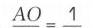
\(\frac{AO}{}=\frac{1}{}\)